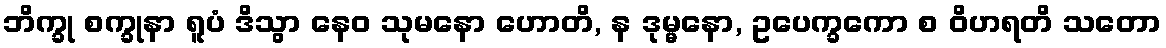
ဘိက္ခု စက္ခုနာ ရူပံ ဒိသွာ နေဝ သုမနော ဟောတိ, န ဒုမ္မနော, ဥပေက္ခကော စ ဝိဟရတိ သတော